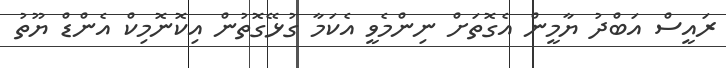
ރައީސް އަބްދު ޔާމީން އެގޮތަށް ނިންމެވީ އެކަމާ ގުޅޭގޮތުން އިކޮނޮމިކް އެންޑް ޔޫތު